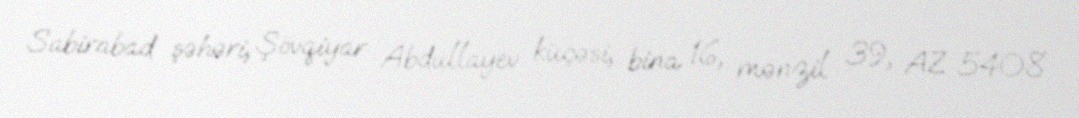
Sabirabad şəhəri, Şövqiyar Abdullayev küçəsi, bina 16, mənzil 39, AZ 5408